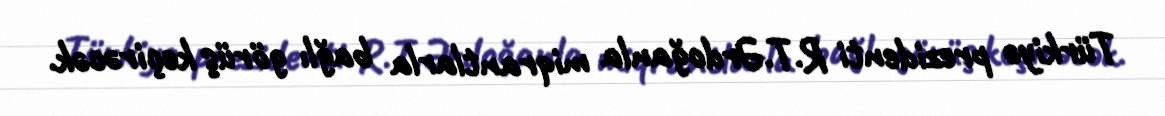
Türkiyə prezidenti R.T.Ərdoğanla miqrantlarla bağlı görüş keçirəcək.